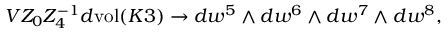
V Z _ { 0 } Z _ { 4 } ^ { - 1 } d \mathrm { v o l } ( K 3 ) \to d w ^ { 5 } \wedge d w ^ { 6 } \wedge d w ^ { 7 } \wedge d w ^ { 8 } ,